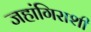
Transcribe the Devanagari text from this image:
जहांगिराशी